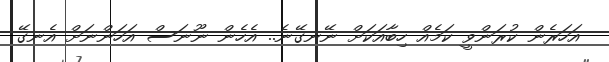
އަހަރެން ކުރަންވީ ކަމެއް ހިބާއަކަށް ނޭނގޭނެ.. އެހެން ނޫނަސް އަހަންނަށް އެނގޭ